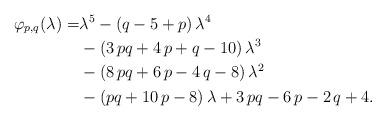
LaTeX: \begin{align*}\varphi_{p,q}(\lambda)=&{\lambda}^{5}- \left( q-5+p \right) {\lambda}^{4}\\&- \left( 3\,pq+4\,p+q-10 \right) {\lambda}^{3}\\&- \left( 8\,pq+6\,p-4\,q-8 \right) {\lambda}^{2}\\&- \left( pq+10\,p-8 \right) \lambda+3\,pq-6\,p-2\,q+4.\end{align*}